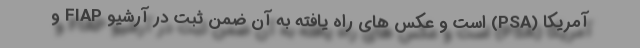
آمریکا (PSA) است و عکس های راه یافته به آن ضمن ثبت در آرشیو FIAP و